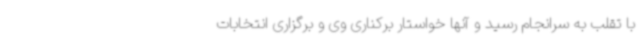
با تقلب به سرانجام رسید و آنها خواستار برکناری وی و برگزاری انتخابات